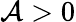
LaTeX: \mathcal{A}>0